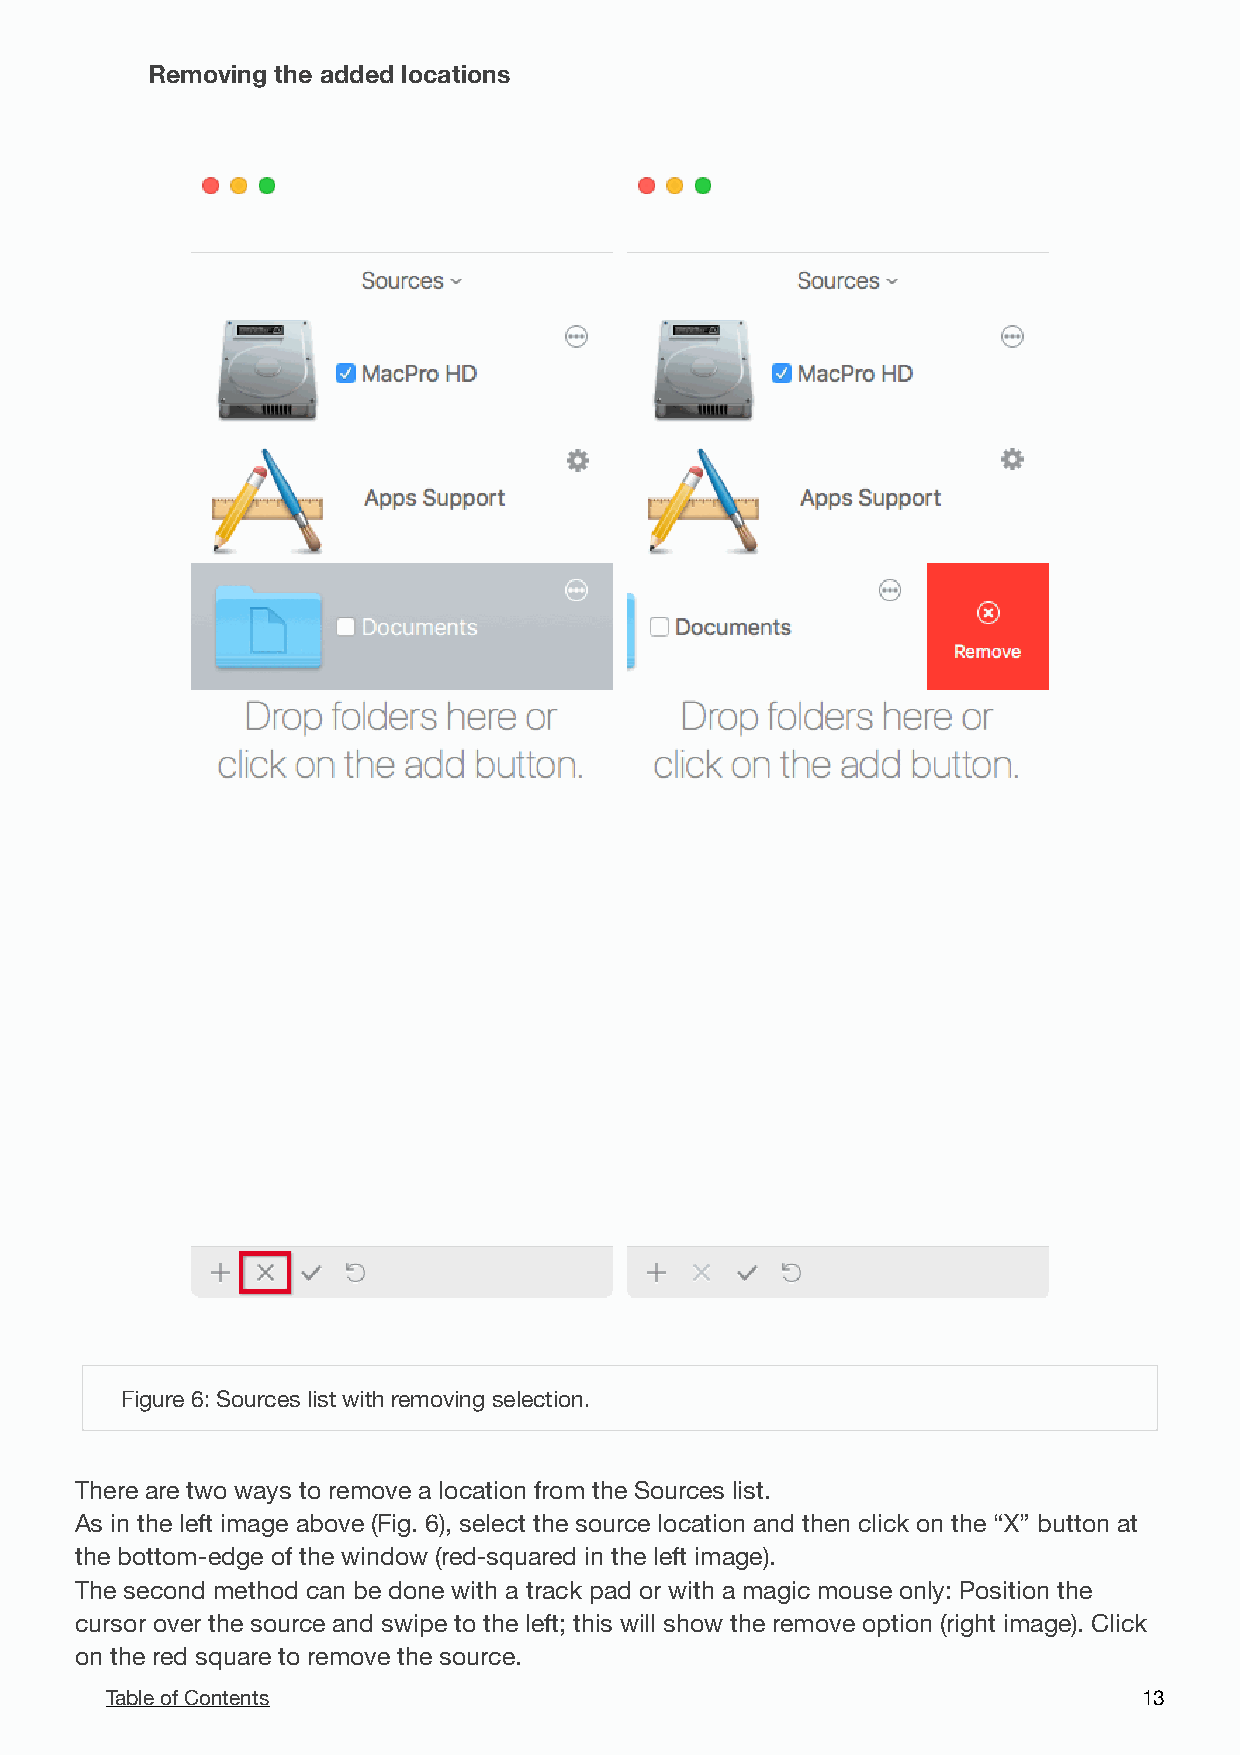
Removing the added locations
 !
 Figure 6: Sources list with removing selection.
 There are two ways to remove a location from the Sources list.
 As in the left image above (Fig. 6), select the source location and then click on the “X” button at
 the bottom-edge of the window (red-squared in the left image).
 The second method can be done with a track pad or with a magic mouse only: Position the
 cursor over the source and swipe to the left; this will show the remove option (right image). Click
 on the red square to remove the source.
 Table of Contents                                                    1 3